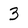
Character: 3